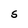
Character: S